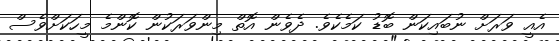
އެއީ ވަރަށް ނުބައިކަން ބޮޑު ކަމެކެވެ. ދެވެން އޮތް މިންވަރަކުން ކޮންމެ މީހަކަށްވެސް